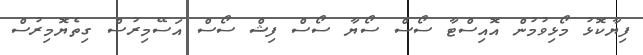
ފިޔާކޮޅު މޯޅިވުމުން އޮއިސްޓާ ސޯސް ސޯޔާ ސޯސް ފިޝް ސޯސް އަސޭމިރުސް ގިތެޔޮމިރުސް